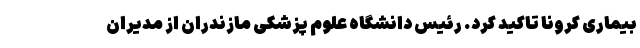
بیماری کرونا تاکید کرد. رئیس دانشگاه علوم پزشکی مازندران از مدیران